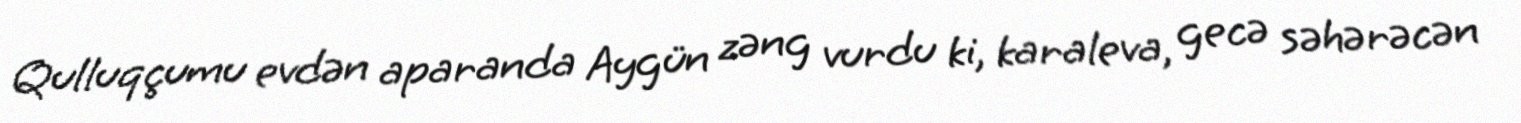
Qulluqçumu evdən aparanda Aygün zəng vurdu ki, karaleva, gecə səhərəcən